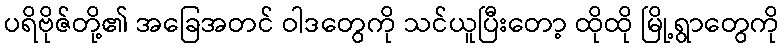
ပရိဗိုဇ်တို့၏ အခြေအတင် ဝါဒတွေကို သင်ယူပြီးတော့ ထိုထို မြို့ရွာတွေကို